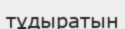
тұдыратын